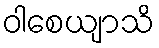
ဝါစေယျာသိ